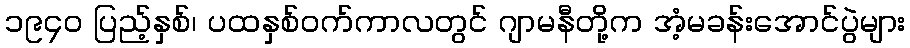
၁၉၄၀ ပြည့်နှစ်၊ ပထနှစ်ဝက်ကာလတွင် ဂျာမနီတို့က အံ့မခန်းအောင်ပွဲများ